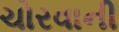
ચોરવાની